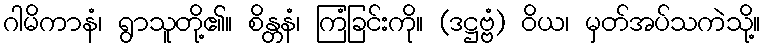
ဂါမိကာနံ၊ ရွာသူတို့၏။ စိန္တနံ၊ ကြံခြင်းကို။ (ဒဋ္ဌဗ္ဗံ) ဝိယ၊ မှတ်အပ်သကဲသို့။